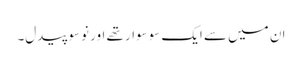
ان میں سے ایک سوسوار تھے اور نوسو پیدل۔